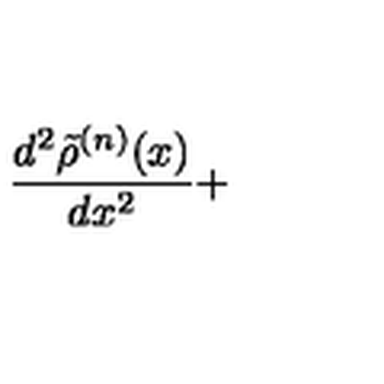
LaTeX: \frac { d ^ { 2 } \tilde { \rho } ^ { ( n ) } ( x ) } { d x ^ { 2 } } +